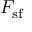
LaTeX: F _ { \mathrm { s f } }